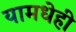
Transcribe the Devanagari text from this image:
यामधेही